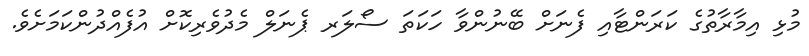
މުޅި އިމާރާތުގެ ކަރަންޓާއި ފެނަށް ބޭނުންވާ ހަކަތަ ސޯލަރ ޕެނަލް މެދުވެރިކޮށް އުފެއްދުންކަމަށެވެ.